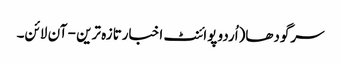
سرگودھا(اُردو پوائنٹ اخبارتازہ ترین - آن لائن۔